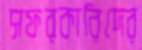
সফরকারিদের